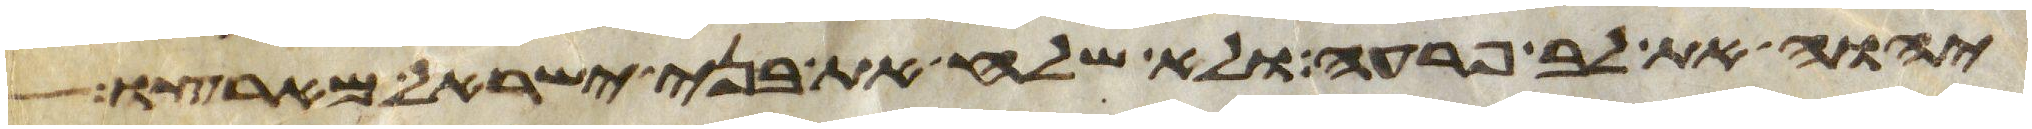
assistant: יהוה את לב פרעה ולא שלח את בני ישראל מארצו